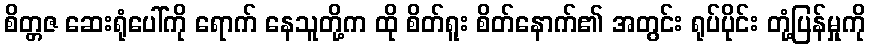
စိတ္တဇ ဆေးရုံပေါ်ကို ရောက် နေသူတို့က ထို စိတ်ရူး စိတ်နောက်၏ အတွင်း ရုပ်ပိုင်း တုံ့ပြန်မှုကို